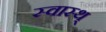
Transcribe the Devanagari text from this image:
स्वास्थ्